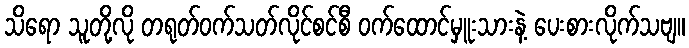
သိရော သူတို့လို တရုတ်ဝက်သတ်လိုင်စင်စီ ဝက်ထောင်မှူးသားနဲ့ ပေးစားလိုက်သဗျ။